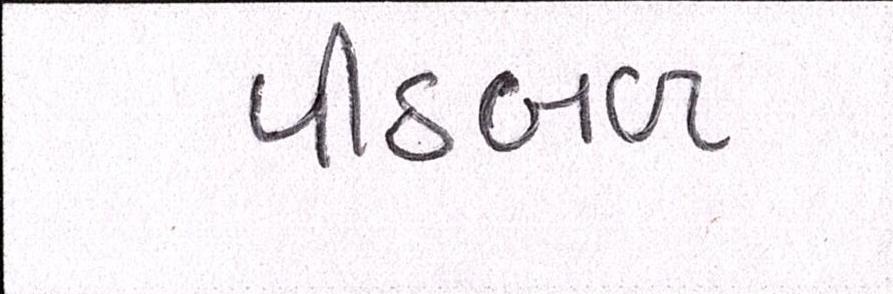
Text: પીઠબળ